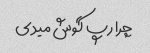
چرا رپ گوش میدی